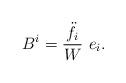
LaTeX: \begin{align*}B^i=\frac{\ddot f_i}{W}\,\, e_i.\end{align*}